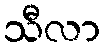
သီလာ